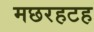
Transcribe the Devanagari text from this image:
मछरहटह